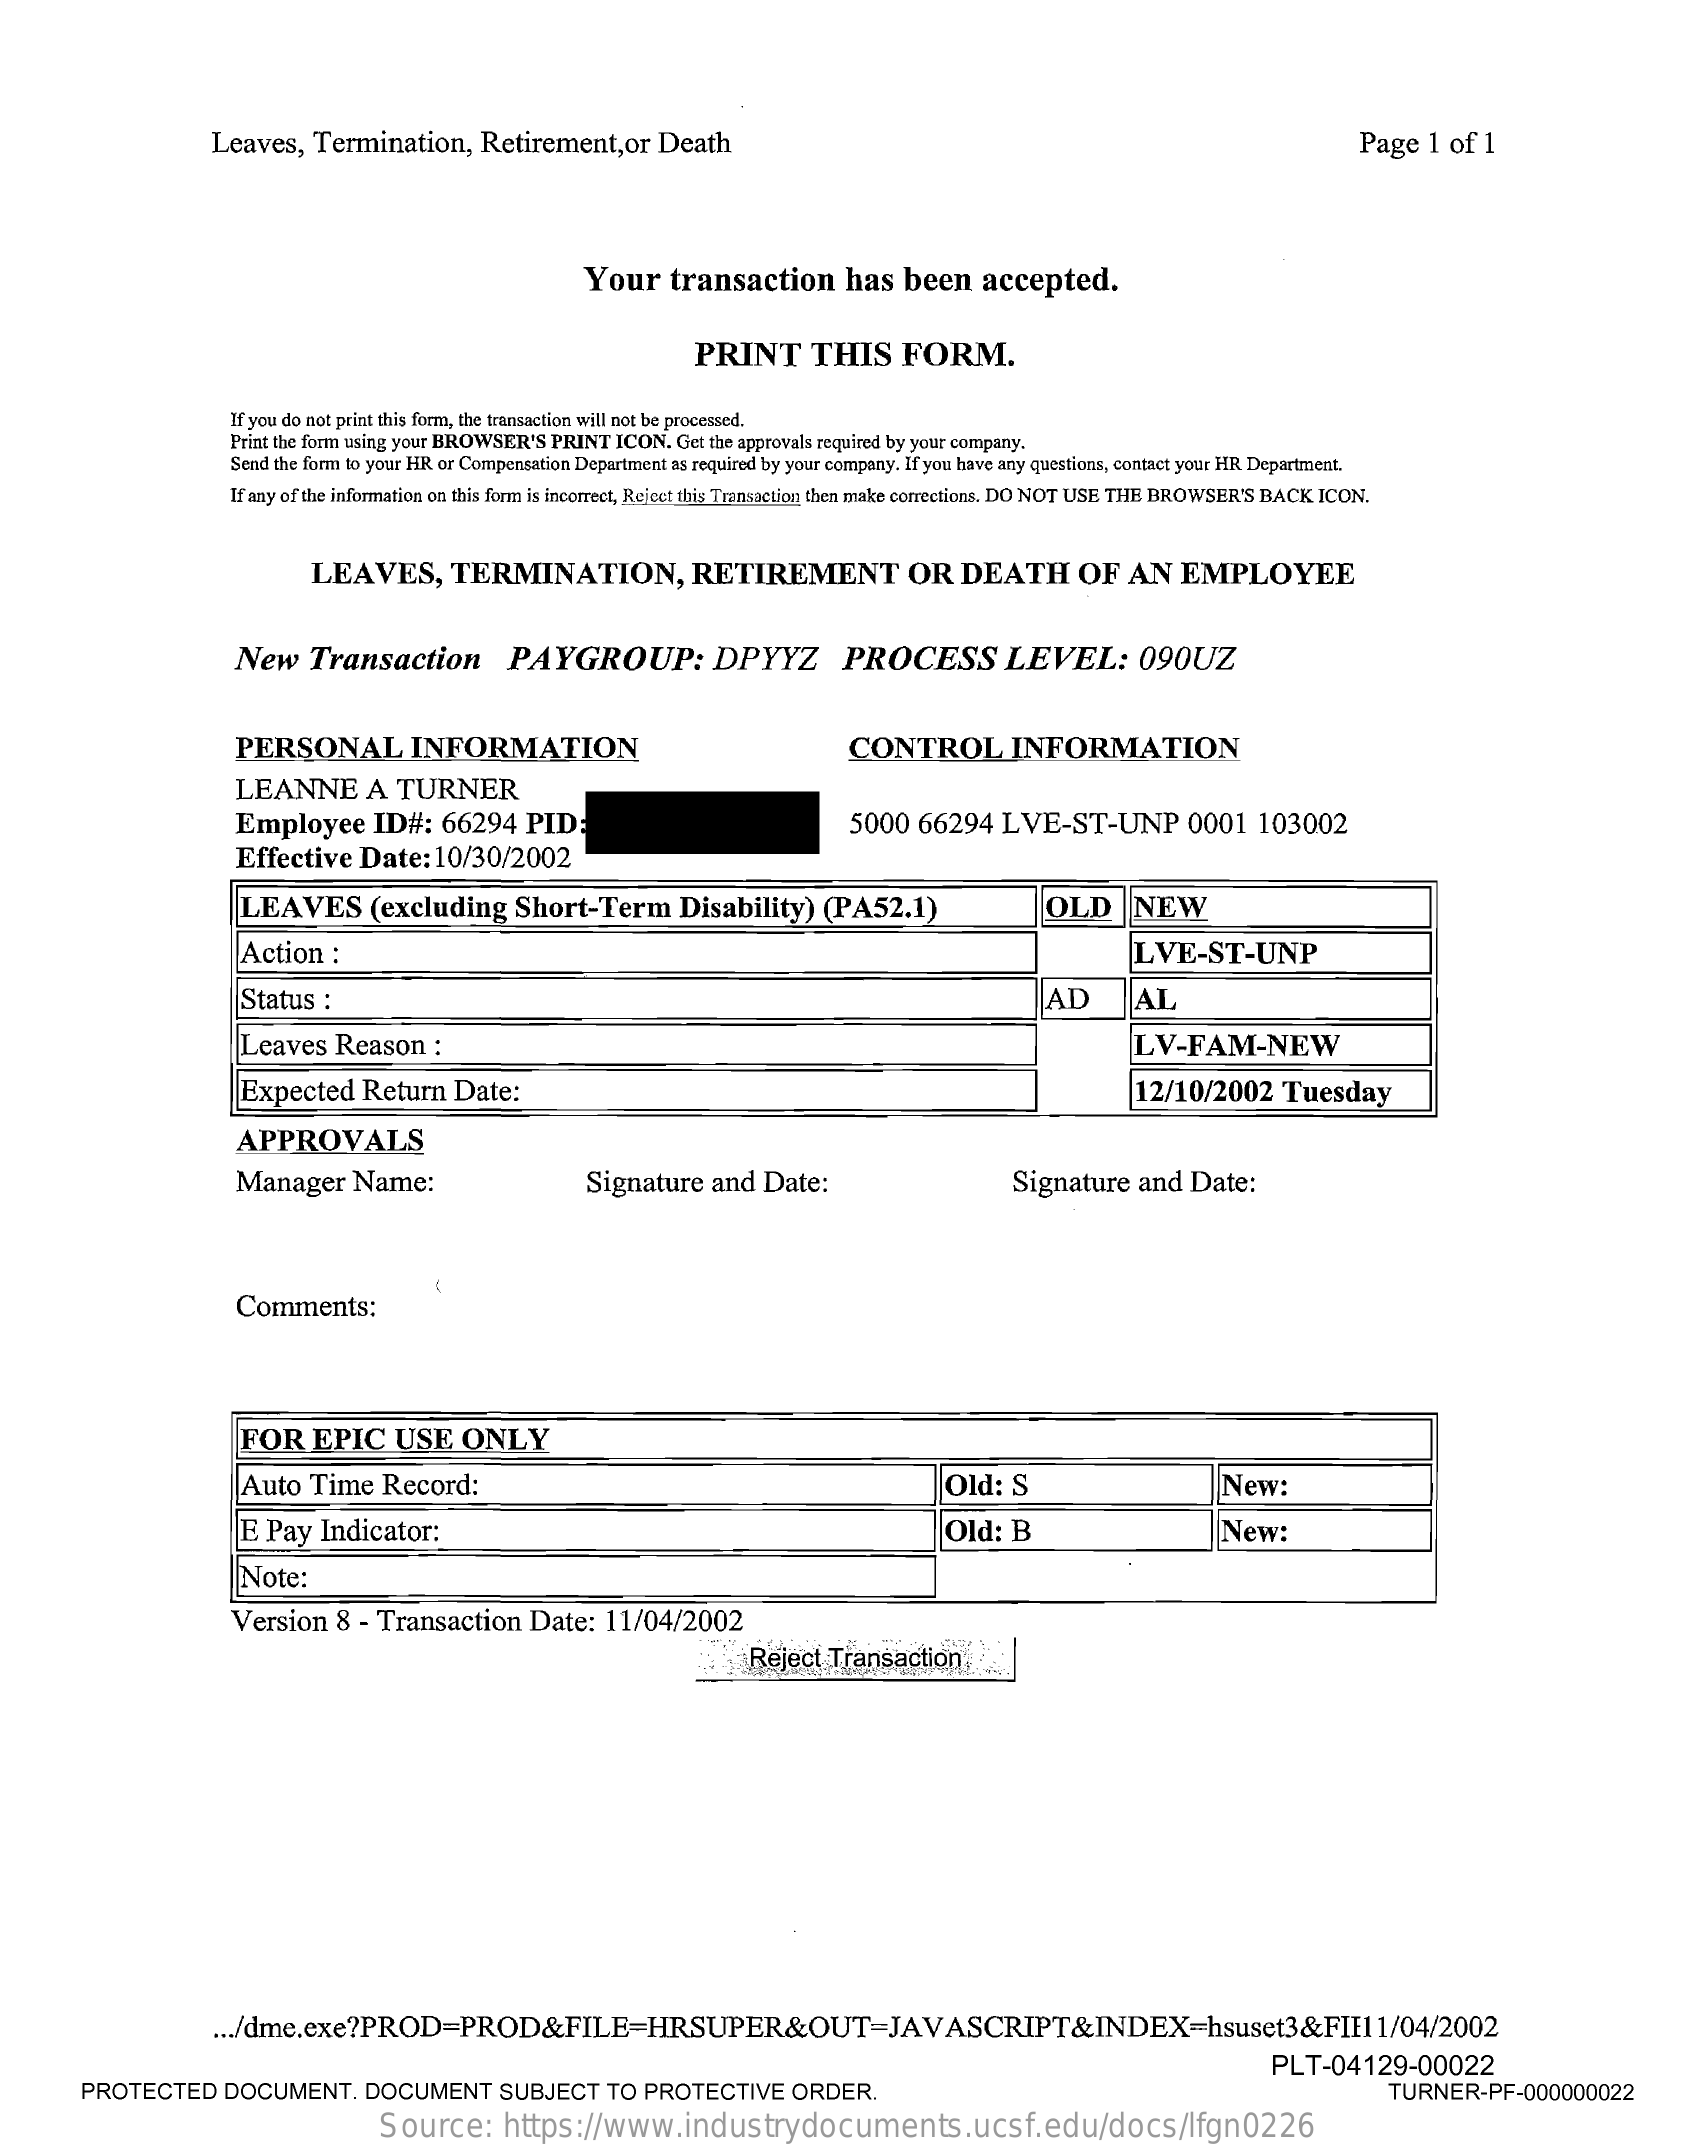
Leaves,   Termination,    Retirement,or    Death    Page   1 of 1
     Your   transaction    has   been   accepted.
     PRINT    THIS    FORM.
     If you do not print this form, the transaction will not be processed.
     Print the form using your BROWSER'S PRINT ICON. Get the approvals required by your company.
     Send the form to your HR or Compensation Department as required by your company. If you have any questions, contact your HR Department.
     If any of the information on this form is incorrect, Rejeet this Transaction, then make corrections. DO NOT USE THE BROWSER'S BACK ICON.
     LEAVES,    TERMINATION,    RETIREMENT    OR   DEATH    OF   AN   EMPLOYEE
     New    Transaction    PAYGROUP:    DPYYZ    PROCESS    LEVEL:    090UZ
     PERSONAL    INFORMATION    CONTROL    INFORMATION
     LEANNE    A   TURNER
     Employee    ID#:   66294   PID:    5000  66294   LVE-ST-UNP    0001   103002
     Effective  Date:   10/30/2002
     LEAVES    (excluding    Short-Term    Disability)    (PA52.1)    OLD    NEW
     Action   :    LVE-ST-UNP
     Status  :    AD    AL
     Leaves   Reason    :    LV-FAM-NEW
     Expected    Return   Date:    12/10/2002    Tuesday
     APPROVALS
     Manager    Name:    Signature   and  Date:    Signature   and  Date:
     Comments:
     FOR    EPIC    USE    ONLY
     Auto   Time   Record:    Old:   S    New:
     E Pay   Indicator:    Old:  B    New:
     Note:
     Version   8  - Transaction   Date:   11/04/2002
     Reject  Transaction
     ... /dme.exe?PROD=PROD&FILE=HRSUPER&OUT=JAVASCRIPT&INDEX=hsuset3&FIE1    1/04/2002
     PROTECTED    DOCUMENT.    DOCUMENT    SUBJECT   TO  PROTECTIVE    ORDER.
     PLT-04129-00022
     TURNER-PF-000000022
     Source:    https://www.industrydocuments.ucsf.edu/docs/lfgn0226